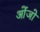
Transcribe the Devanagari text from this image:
ओंजो